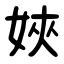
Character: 㛍